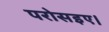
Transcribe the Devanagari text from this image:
परोसइए।